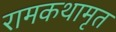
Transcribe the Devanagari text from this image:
रामकथामृत